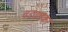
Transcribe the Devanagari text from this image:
वडवलकर